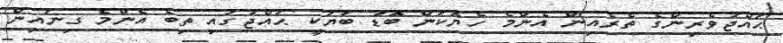
ޙައްޖުވެރިންގެ ތެރެއިން އެންމެ ހެޔޮކަން ބޮޑު ބަޔަކީ ޙައްޖުގައި ތިބެ އެންމެ ގިނައިން